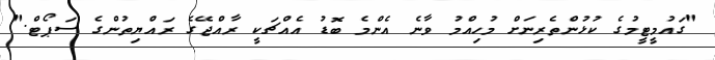
"ގައުމީޓީމުގެ ކުޅުންތެރިނަށް މުހިއްމު ވާނެ އެންމެ ބޮޑު އެއްޗަކީ ރާއްޖޭގެ ރައްޔިތުންގެ ސަޕޯޓް."